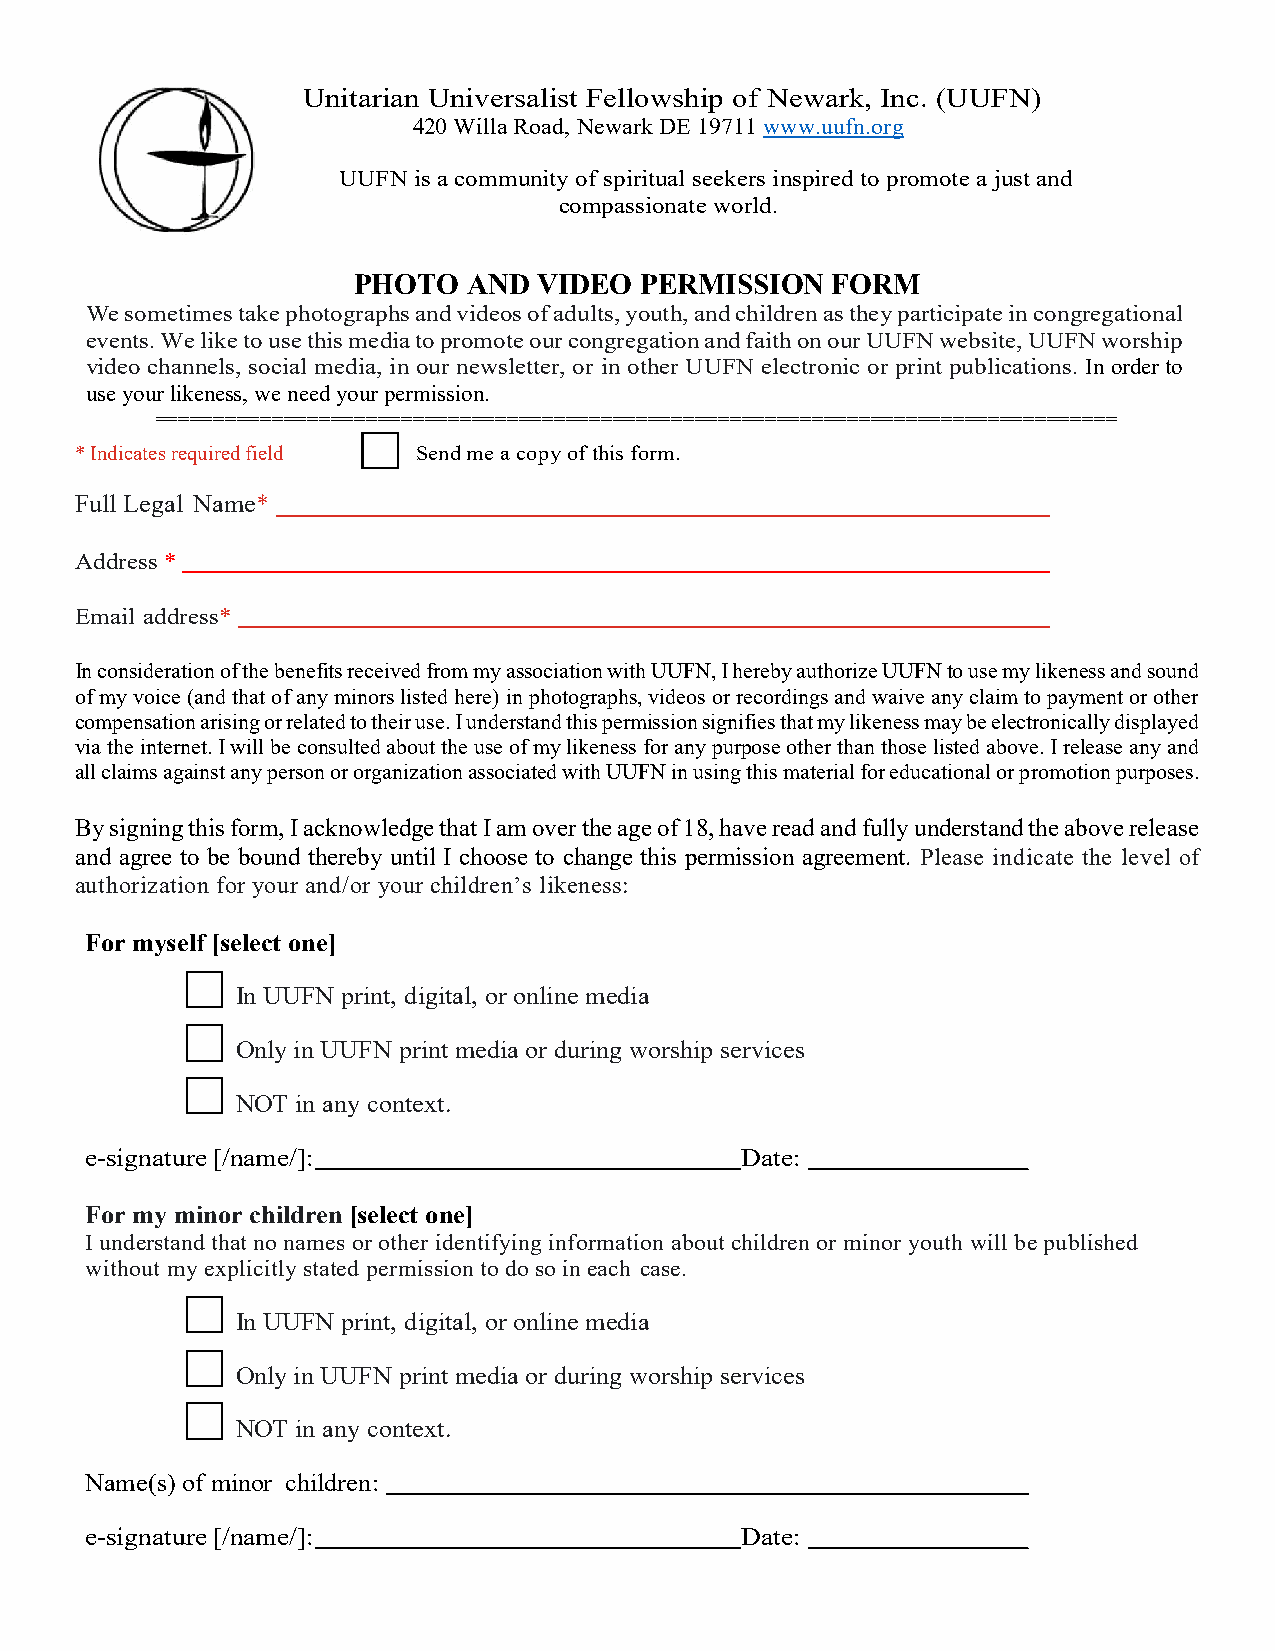
Unitarian Universalist Fellowship of Newark, Inc. (UUFN)
 420 Willa Road, Newark DE 19711 www.uufn.org
 UUFN is a community of spiritual seekers inspired to promote a just and
 compassionate world.
 PHOTO   AND  VIDEO PERMISSION   FORM
 We sometimes take photographs and videos of adults, youth, and children as they participate in congregational
 events. We like to use this media to promote our congregation and faith on our UUFN website, UUFN worship
 video channels, social media, in our newsletter, or in other UUFN electronic or print publications. In order to
 use your likeness, we need your permission.
 ==================================================================================
 * Indicates required field Send me a copy of this form.
 Full Legal Name*
 Address *
 Email address*
 In consideration of the benefits received from my association with UUFN, I hereby authorize UUFN to use my likeness and sound
 of my voice (and that of any minors listed here) in photographs, videos or recordings and waive any claim to payment or other
 compensation arising or related to their use. I understand this permission signifies that my likeness may be electronically displayed
 via the internet. I will be consulted about the use of my likeness for any purpose other than those listed above. I release any and
 all claims against any person or organization associated with UUFN in using this material for educational or promotion purposes.
 By signing this form, I acknowledge that I am over the age of 18, have read and fully understand the above release
 and agree to be bound thereby until I choose to change this permission agreement. Please indicate the level of
 authorization for your and/or your children’s likeness:
 For myself [select one]
 In UUFN print, digital, or online media
 Only in UUFN print media or during worship services
 NOT in any context.
 e-signature [/name/]:                      Date:
 For my minor children [select one]
 I understand that no names or other identifying information about children or minor youth will be published
 without my explicitly stated permission to do so in each case.
 In UUFN print, digital, or online media
 Only in UUFN print media or during worship services
 NOT in any context.
 Name(s) of minor children:
 e-signature [/name/]:                      Date: